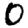
Digit: 0